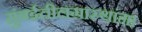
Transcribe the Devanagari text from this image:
मुंबईतीलग्रास्‍थांना